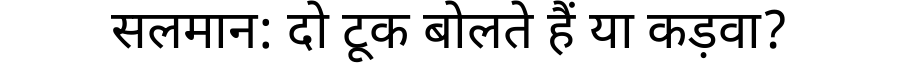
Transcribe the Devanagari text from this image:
सलमान: दो टूक बोलते हैं या कड़वा?